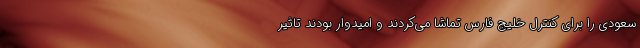
سعودی را برای کنترل خلیج فارس تماشا می‌کردند و امیدوار بودند تاثیر